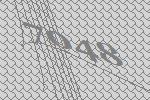
7048